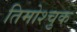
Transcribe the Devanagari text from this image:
तिमोश्चुक